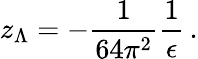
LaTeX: z_{\Lambda}=-\frac{1}{64\pi^{2}}\frac{1}{\epsilon}\, .